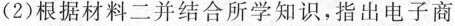
(2)根据材料二并结合所学知识，指出电子商